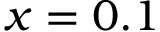
x = 0 . 1